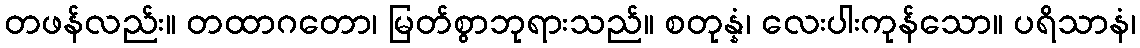
တဖန်လည်း။ တထာဂတော၊ မြတ်စွာဘုရားသည်။ စတုန္နံ၊ လေးပါးကုန်သော။ ပရိသာနံ၊